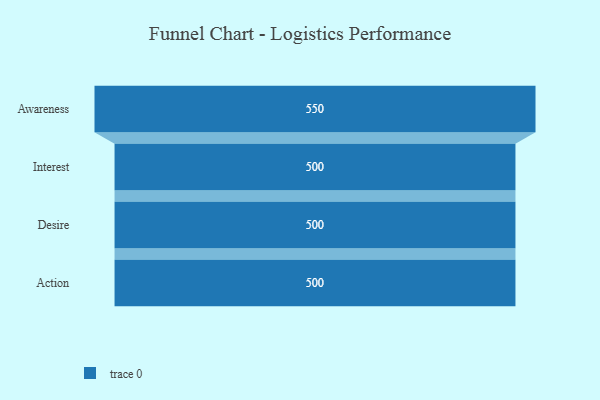
{"axis": {"x": "Stage", "y": "Value"}, "legend": [""], "data": [{"x": "Awareness", "y": 550.0, "type": ""}, {"x": "Interest", "y": 500, "type": ""}, {"x": "Desire", "y": 500, "type": ""}, {"x": "Action", "y": 500, "type": ""}]}